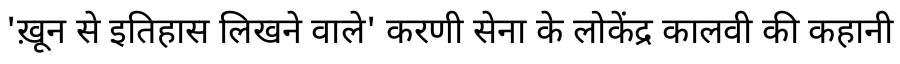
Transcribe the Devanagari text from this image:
'ख़ून से इतिहास लिखने वाले' करणी सेना के लोकेंद्र कालवी की कहानी